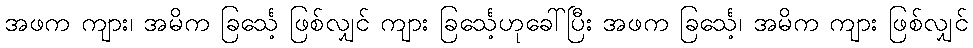
အဖက ကျား၊ အမိက ခြင်္သေ့ ဖြစ်လျှင် ကျား ခြင်္သေ့ဟုခေါ်ပြီး အဖက ခြင်္သေ့၊ အမိက ကျား ဖြစ်လျှင်